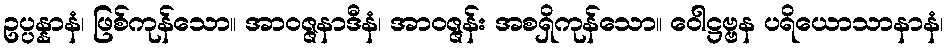
ဥပ္ပန္နာနံ၊ ဖြစ်ကုန်သော။ အာဝဇ္ဇနာဒီနံ၊ အာဝဇ္ဇန်း အစရှိကုန်သော။ ဝေါဋ္ဌဗ္ဗန ပရိယောသာနာနံ၊